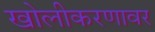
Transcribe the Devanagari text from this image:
खोलीकरणावर